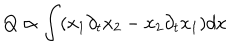
Q \propto \int ( x _ { 1 } \partial _ { t } x _ { 2 } - x _ { 2 } \partial _ { t } x _ { 1 } ) d x